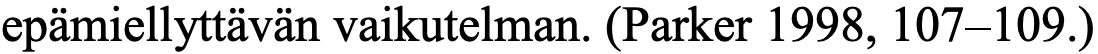
epämiellyttävän vaikutelman. (Parker 1998, 107–109.)